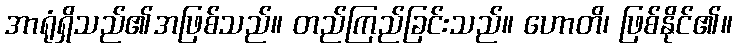
အာရုံရှိသည်၏အဖြစ်သည်။ တည်ကြည်ခြင်းသည်။ ဟောတိ၊ ဖြစ်နိုင်၏။